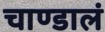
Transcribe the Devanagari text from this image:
चाण्डालं